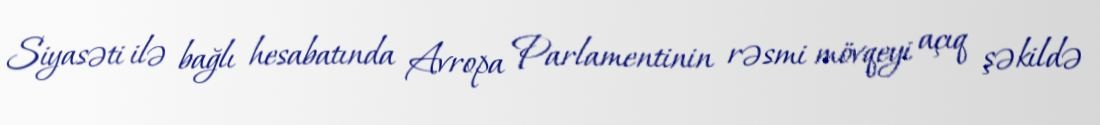
Siyasəti ilə bağlı hesabatında Avropa Parlamentinin rəsmi mövqeyi açıq şəkildə